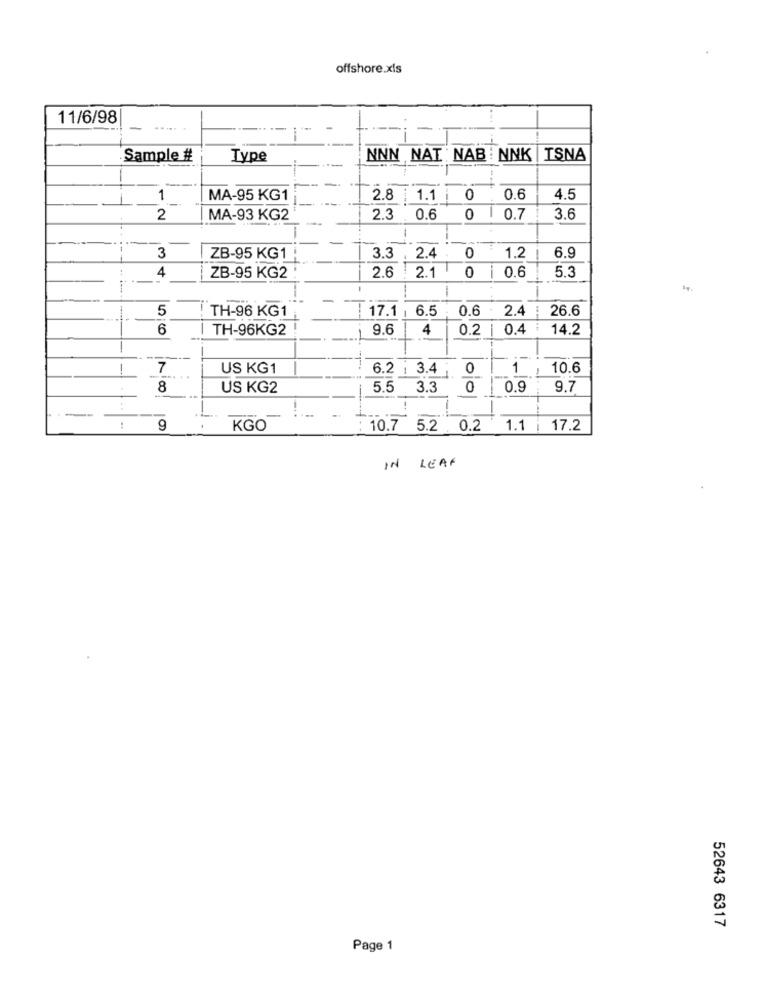
offshore.xls
11/6/98
Sample #
Type
NNN NAT : NAB : NNK | ISNA
1
MA-95 KG1
2.8 |1.1
0.6
4.5
2
MA-93 KG2
2.3 0.6
0
0.7
3.6
3
ZB-95 KG1
3.3
2.4
0
1.2
6.9
4
2.1
0
5.3
ZB-95 KG2
2.6
0.6
-
5
TH-96 KG1
17.1
6.5
0.6
2.4
26.6
6
TH-96KG2 !
9.6
4
0.2
0.4
.......
14.2
1
1
7
US KG1
6.2 | 3.41
0
1
10.6
8
US KG2
5.5
3.3
0
0.9
9.7
9
KGO
10.7 5.2 0.2 1.1 17.2
IN LEAF
52643 6317
Page 1